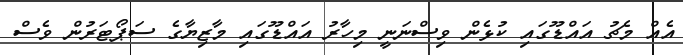
އެއް މެޗު އައްޑޫގައި ކުޅެން ވިސްނަނީ މިހާރު އައްޑޫގައި މާޒިޔާގެ ސަޕޯޓަރުން ވެސް